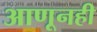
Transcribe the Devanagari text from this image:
आणूनही